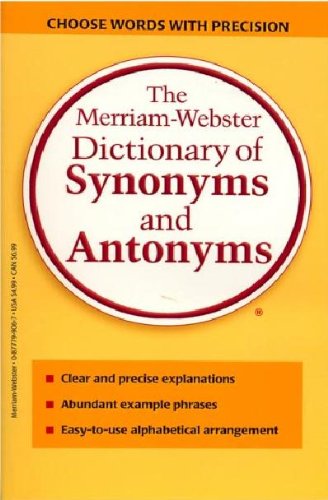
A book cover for The Merriam-Webster Dictionary of Synonyms and Antonyms; Reference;